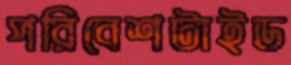
পরিবেশটাইড